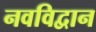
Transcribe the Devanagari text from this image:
नवविद्वान